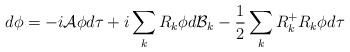
LaTeX: \begin{align*}d\phi=-i {\cal A}\phi d\tau +i\sum_{k}R_{k}\phi d{\cal B}_{k}-\frac{1}{2}\sum_{k}R_{k}^{+}R_{k}\phi d\tau\end{align*}